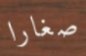
صغارا